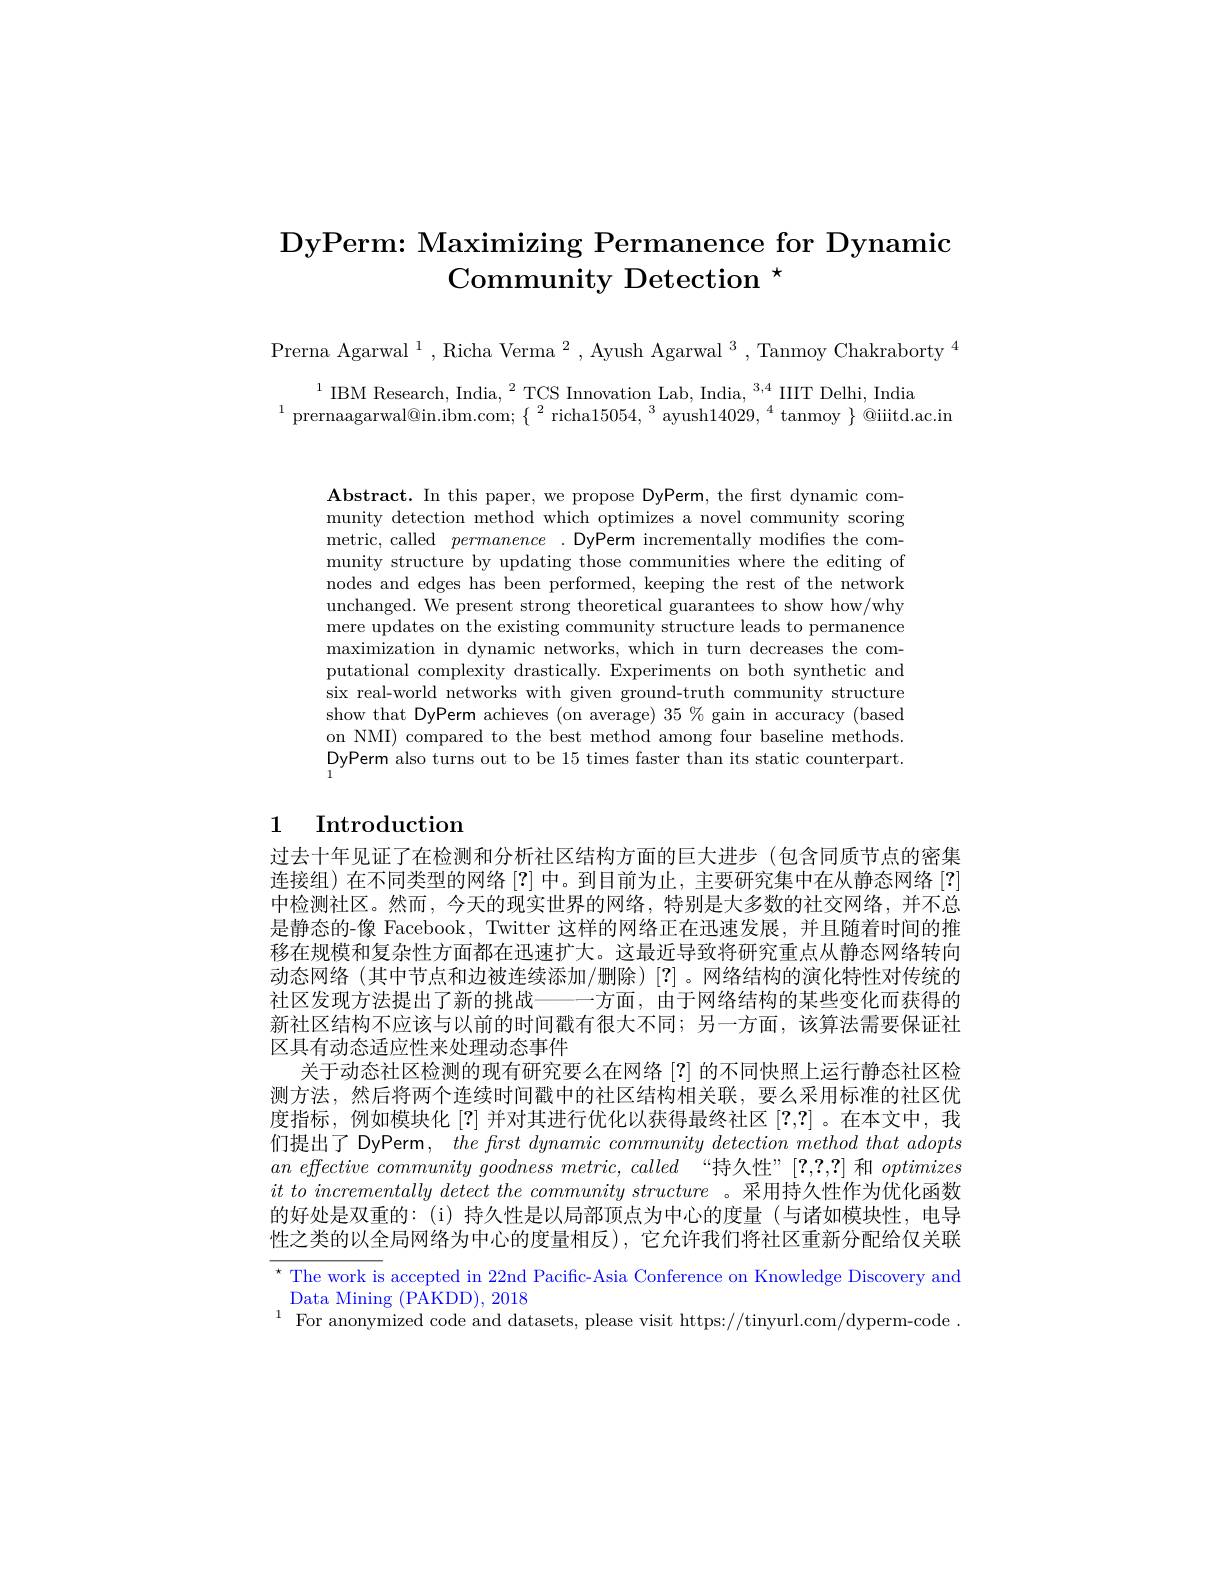
# DyPerm: Maximizing Permanence for Dynamic Community Detection $^{\star}$

Prerna Agarwal $^1$,Richa Verma $^2$,Ayush Agarwal $^3$,Tanmoy Chakraborty$^{4}$

$\begin{array}{c}{{^{1}\mathrm{IBM~Research,~India,~}^{2}\mathrm{TCS~Innovation~Lab,~India,~}^{3,4}\mathrm{IIIT~Delhi,~India}}}\\{{\mathrm{rernaagarwal@in.ibm.com;~\{~^{2}richa15054,~^{3}ayush14029,~^{4}~tanmoy~\}~@iiitd.ac.i}}}\end{array}$

$\mathbf{Abstract.~In~this~paper,~we~propose~DyPerm,~the~first~dynamic~com-1}$ munity detection method which optimizes a novel community scoring metric, called permanence .DyPerm incrementally modifies the community structure by updating those communities where the editing of nodes and edges has been performed, keeping the rest of the network unchanged. We present strong theoretical guarantees to show how/why mere updates on the existing community structure leads to permanence maximization in dynamic networks, which in turn decreases the computational complexity drastically. Experiments on both synthetic and six real-world networks with given ground-truth community structure show that DyPerm achieves (on average) 35 % gain in accuracy (based on NMI) compared to the best method among four baseline methods DyPerm also turns out to be 15 times faster than its static counterpart.

## 1 Introduction

过去十年见证了在检测和分析社区结构方面的巨大进步(包含同质节点的密集连接组)在不同类型的网络[?]中。到目前为止，主要研究集中在从静态网络[?] 中检测社区。然而，今天的现实世界的网络，特别是大多数的社交网络，并不总是静态的-像 Facebook, Twitter 这样的网络正在迅速发展，并且随着时间的推移在规模和复杂性方面都在迅速扩大。这最近导致将研究重点从静态网络转向动态网络(其中节点和边被连续添加/删除)[?]。网络结构的演化特性对传统的社区发现方法提出了新的挑战————方面，由于网络结构的某些变化而获得的新社区结构不应该与以前的时间戳有很大不同；另一方面，该算法需要保证社区具有动态适应性来处理动态事件
关于动态社区检测的现有研究要么在网络[?]的不同快照上运行静态社区检测方法，然后将两个连续时间戳中的社区结构相关联，要么采用标准的社区优度指标，例如模块化[?]并对其进行优化以获得最终社区[?,?] 。在本文中，我们提出了 DyPerm, $the\textit{frst dynamic community detection method that adopts}$ $an\textit{ effective community goodness metric, called “ 持 久 性 ” [ ? , ? , ? ] 和 }optimizes$ $it\textit{ to incrementally detect the community structure 。采 用 持 久 性 作 为 优 化 函 数 }$ 的好处是双重的：(i)持久性是以局部顶点为中心的度量(与诸如模块性，电导性之类的以全局网络为中心的度量相反),它允许我们将社区重新分配给仅关联$^{\star}$ The work is accepted in 22nd Pacific-Asia Conference on Knowledge Discovery and Data Mining (PAKDD), 2018
$^{1}$ For anonymized code and datasets, please visit https://tinyurl.com/dyperm-code .